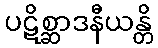
ပဋိစ္ဆာဒနီယန္တိ